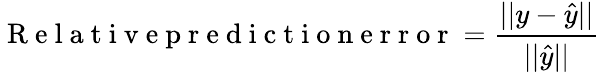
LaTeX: \mathrm{~R~e~l~a~t~i~v~e~p~r~e~d~i~c~t~i~o~n~e~r~r~o~r~}=\frac{||y-\hat{y}||}{||\hat{y}||}